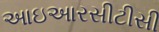
આઇઆરસીટીસી